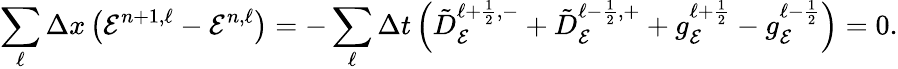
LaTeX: \sum_{\ell}\Delta x\left(\mathcal{E}^{n+1,\ell}-\mathcal{E}^{n,\ell}\right)=-\sum_{\ell}\Delta t\left(\tilde{D}_{\mathcal{E}}^{\ell+\frac{1}{2},-}+\tilde{D}_{\mathcal{E}}^{\ell-\frac{1}{2},+}+g_{\mathcal{E}}^{\ell+\frac{1}{2}}-g_{\mathcal{E}}^{\ell-\frac{1}{2}}\right)=0.